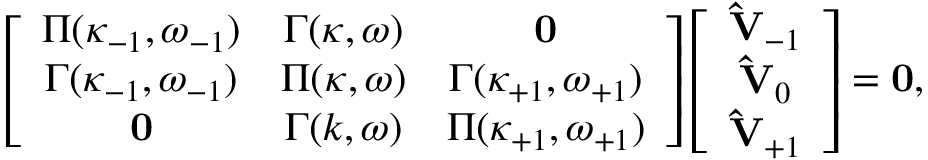
\left[ \begin{array} { c c c } { { \boldsymbol { \Pi } ( \kappa _ { - 1 } , \omega _ { - 1 } ) } } & { { \boldsymbol { \Gamma } ( \kappa , \omega ) } } & { \mathbf { 0 } } \\ { { \boldsymbol { \Gamma } ( \kappa _ { - 1 } , \omega _ { - 1 } ) } } & { { \boldsymbol { \Pi } ( \kappa , \omega ) } } & { { \boldsymbol { \Gamma } ( \kappa _ { + 1 } , \omega _ { + 1 } ) } } \\ { \mathbf { 0 } } & { { \boldsymbol { \Gamma } ( k , \omega ) } } & { { \boldsymbol { \Pi } ( \kappa _ { + 1 } , \omega _ { + 1 } ) } } \end{array} \right] \left[ \begin{array} { c c c } { { \mathbf { \hat { V } } _ { - 1 } } } \\ { { \mathbf { \hat { V } } _ { 0 } } } \\ { { \mathbf { \hat { V } } _ { + 1 } } } \end{array} \right] = \mathbf { 0 } ,